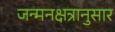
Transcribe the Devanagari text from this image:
जन्मनक्षत्रानुसार